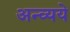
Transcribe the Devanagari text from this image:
अन्व्यये